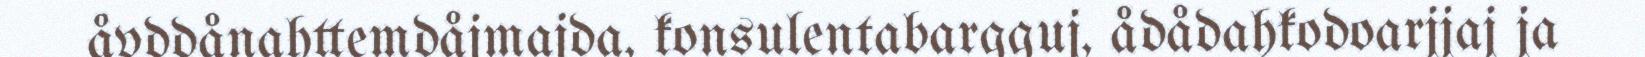
åvddånahttemdåjmajda, konsulentabargguj, ådådahkodoarjjaj ja